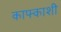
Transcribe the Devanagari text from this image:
काफ्काशी